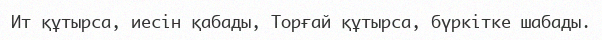
Ит құтырса, иесін қабады, Торғай құтырса, бүркітке шабады.